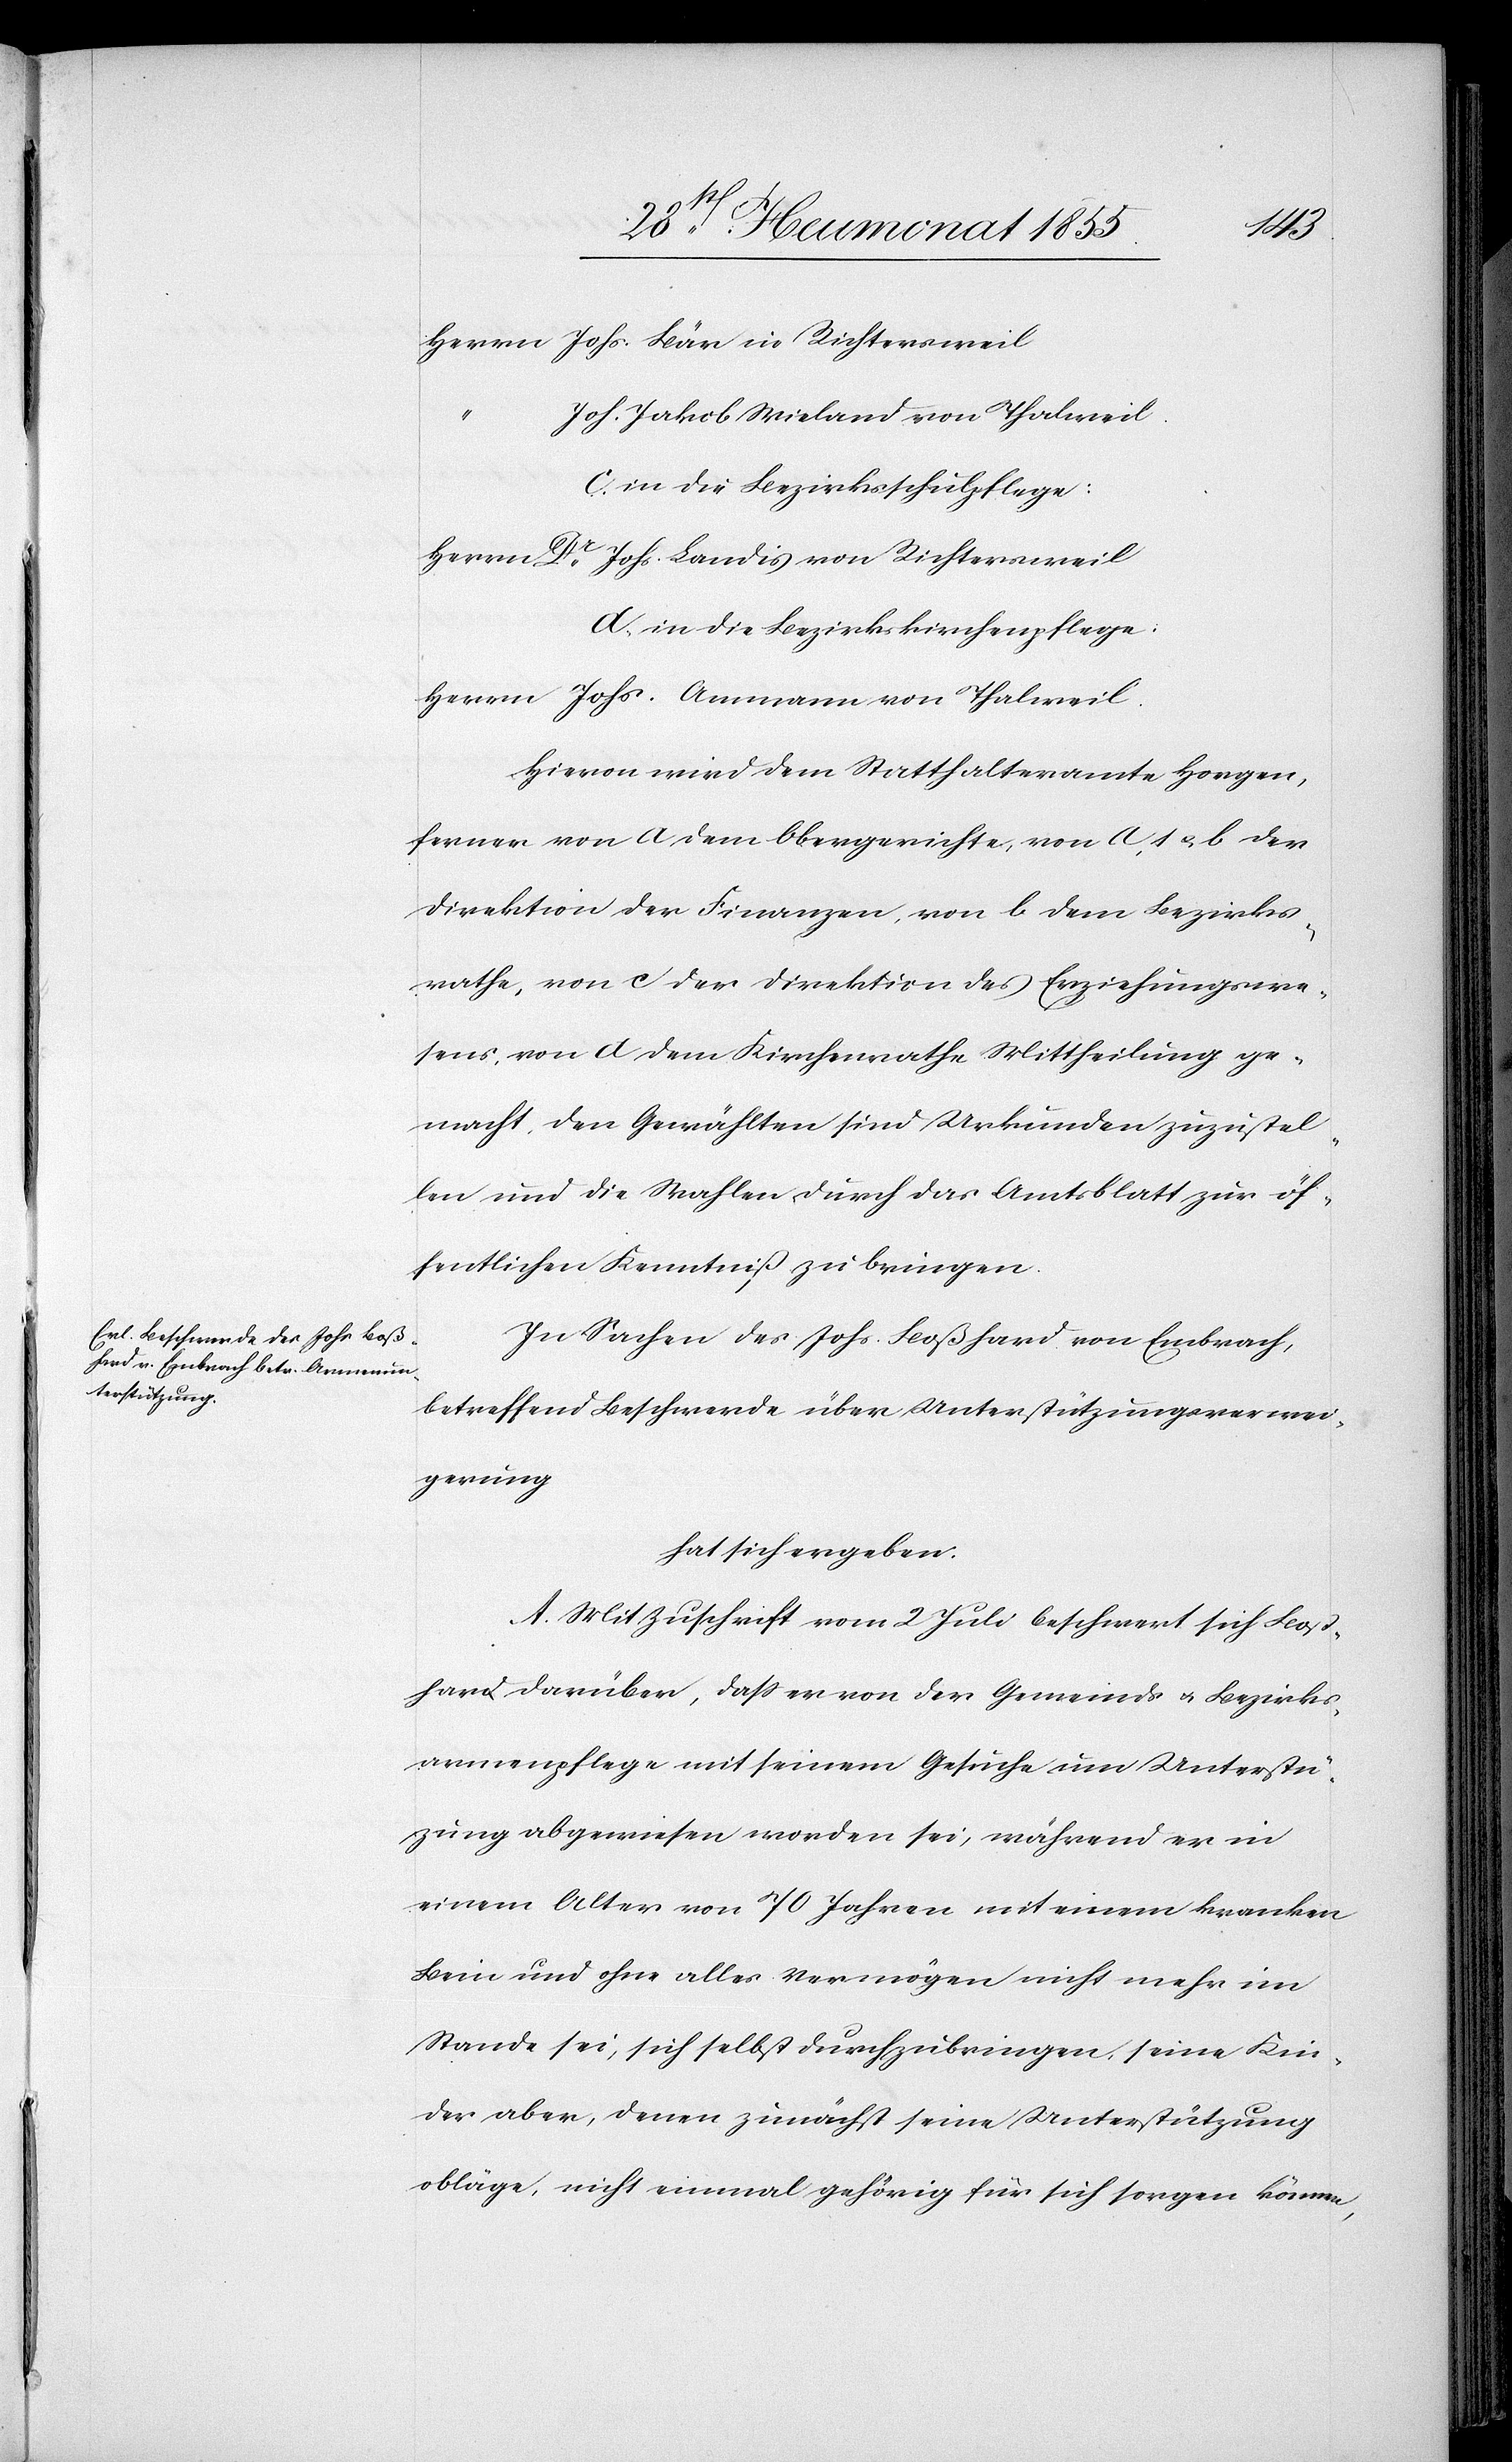
Herrn Johs. Bär in Richtersweil
Joh. Jakob Wieland von Thalweil.
c. in die Bezirksschulpflege:
Herrn Dr. Johs. Landis von Richtersweil
d, in die Bezirkskirchenpflege:
Herrn Johs. Ammann von Thalweil.
Hievon wird dem Statthalteramte Horgen,
ferner von a dem Obergerichte, von a, 1 & b der
Direktion der Finanzen, von b dem Bezirks¬
rathe, von c der Direktion des Erziehungswe¬
sens, von d dem Kirchenrathe Mittheilung ge¬
macht, den Gewählten sind Urkunden zuzustel¬
len und die Wahlen durch das Amtsblatt zur öf¬
fentlichen Kenntniß zu bringen.
In Sachen des Johs. Boßhard von Embrach,
betreffend Beschwerde über Unterstützungsverwei¬
gerung
hat sich ergeben:
A. Mit Zuschrift vom 2 Juli beschwert sich Boß¬
hard darüber, dass er von der Gemeinds[-] & Bezirks¬
armenpflege mit seinem Gesuche um Unterstü¬
zung abgewiesen worden sei, während er in
einem Alter von 70 Jahren mit einem kranken
Bein und ohne alles Vermögen nicht mehr im
Stande sei, sich selbst durchzubringen, seine Kin¬
der aber, denen zunächst seine Unterstützung
obläge, nicht einmal gehörig für sich sorgen können,